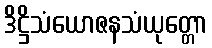
ဒိဋ္ဌိသံယောဇနသံယုတ္တော